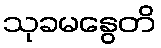
သုခမနွေတိ